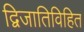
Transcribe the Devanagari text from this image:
द्विजातिविहित